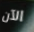
الآن